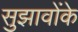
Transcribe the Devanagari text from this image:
सुझावोंके